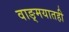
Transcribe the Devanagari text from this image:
वाङ्‌मयातही